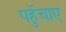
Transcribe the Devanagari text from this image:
पहुॅचाए